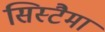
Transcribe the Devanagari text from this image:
सिस्टैमा